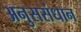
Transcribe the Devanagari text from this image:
अनुससंधान